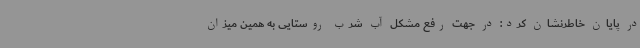
در پایان خاطرنشان کرد: در جهت رفع مشکل آب شرب روستایی به همین میزان